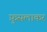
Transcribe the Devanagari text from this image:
फ़ुसलाकर